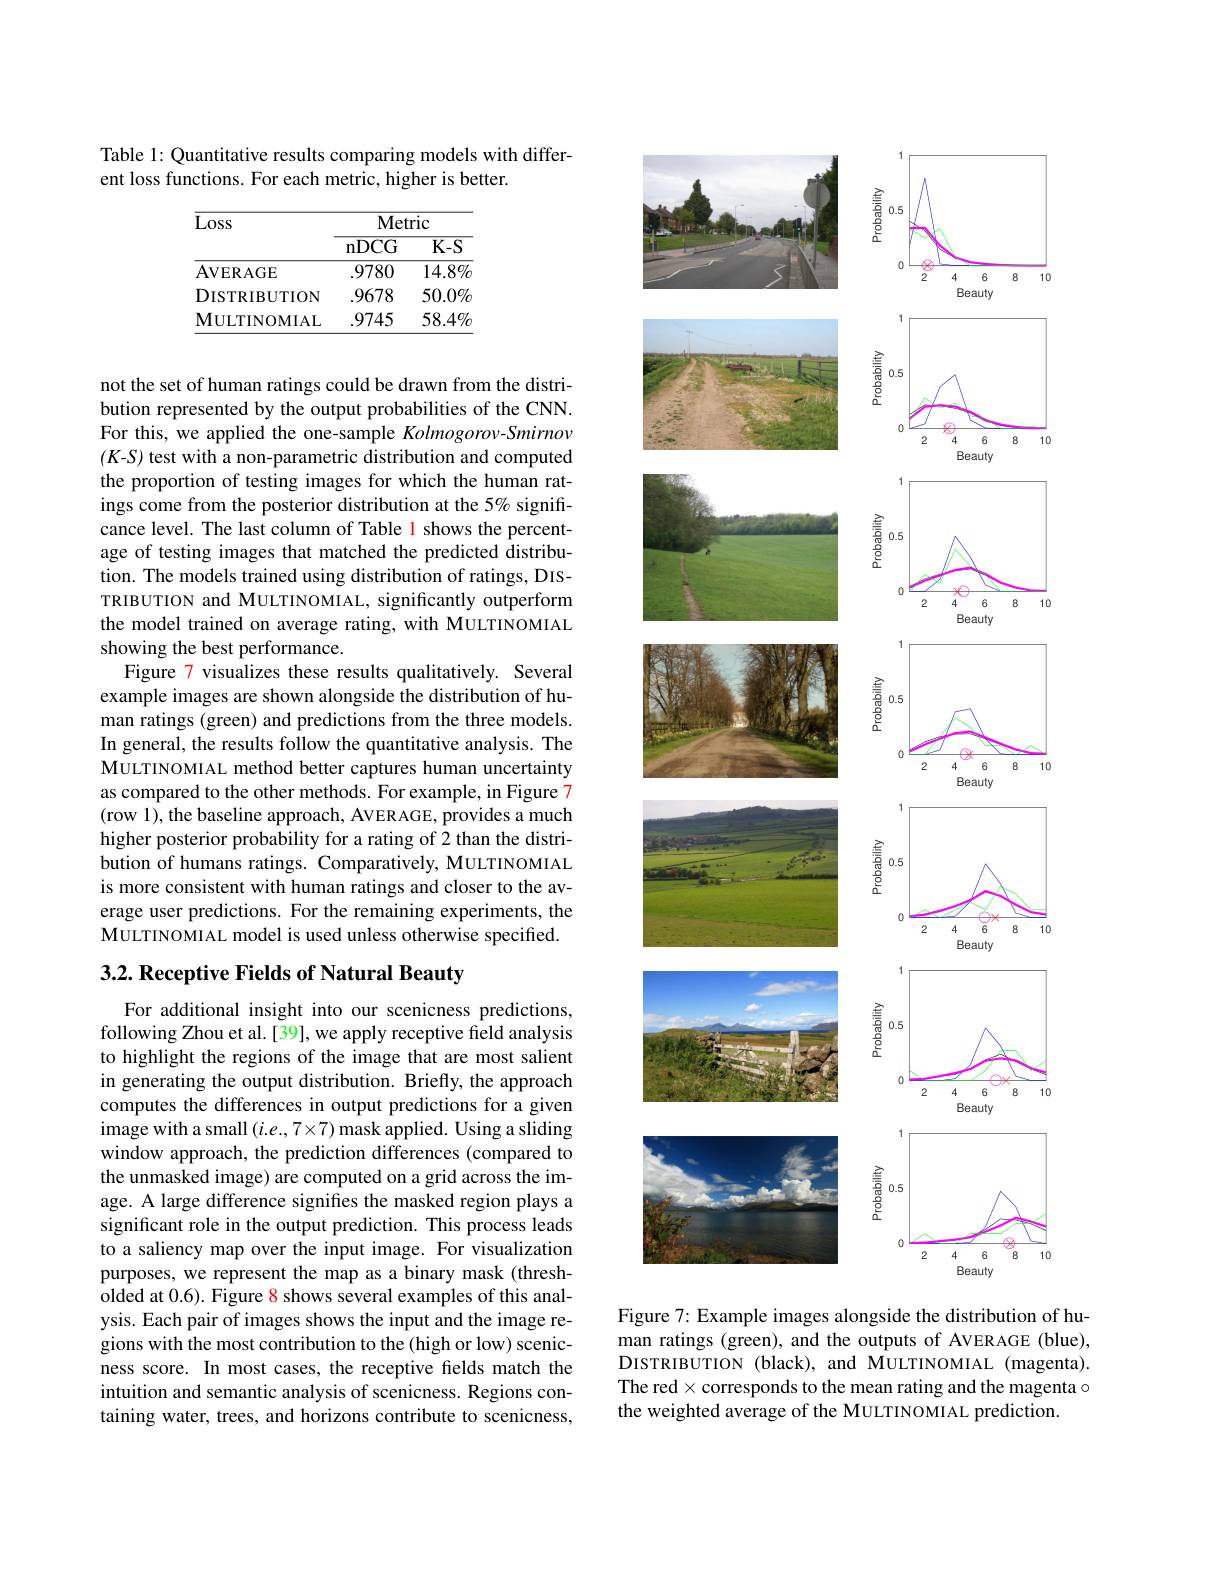
Table 1: Quantitative results comparing models with differ-
ent loss functions. For each metric, higher is better.

<table>
	<tbody>
		<tr>
			<th rowspan="2">Loss</th>
			<th colspan="2">Metric</th>
		</tr>
		<tr>
			<th>nDCG</th>
			<th>$\overline{\mathrm{K-S}}$</th>
		</tr>
		<tr>
			<td>AVERAGE</td>
			<td>.9780</td>
			<td>$14.8\%$</td>
		</tr>
		<tr>
			<td>DISTRIBUTION</td>
			<td>.9678</td>
			<td>$50.0\%$</td>
		</tr>
		<tr>
			<td>$\mathbf{MULTINOMIAL}$</td>
			<td>.9745</td>
			<td>$58.4\%$</td>
		</tr>
	</tbody>
</table>

not the set of human ratings could be drawn from the distribution represented by the output probabilities of the CNN. For this, we applied the one-sample Kolmogorov-Smirnov (K-S) test with a non-parametric distribution and computed the proportion of testing images for which the human ratings come from the posterior distribution at the 5% significance level. The last column of Table 1 shows the percentage of testing images that matched the predicted distribution. The models trained using distribution of ratings, DISTRIBUTION and MULTINOMIAL, significantly outperform the model trained on average rating, with MULTINOMIAL showing the best performance.
Figure 7 visualizes these results qualitatively. Several example images are shown alongside the distribution of human ratings (green) and predictions from the three models. In general, the results follow the quantitative analysis. The MULTINOMIAL method better captures human uncertainty as compared to the other methods. For example, in Figure 7 (row 1), the baseline approach, AVERAGE, provides a much higher posterior probability for a rating of 2 than the distribution of humans ratings. Comparatively, MULTINOMIAL is more consistent with human ratings and closer to the average user predictions. For the remaining experiments, the MULTINOMIAL model is used unless otherwise specified.

### 3.2. Receptive Fields of Natural Beauty

For additional insight into our scenicness predictions, following Zhou et al.[39], we apply receptive field analysis to highlight the regions of the image that are most salient in generating the output distribution. Briefly, the approach computes the differences in output predictions for a given image with a small $(i.e.,7\times7)$ mask applied. Using a sliding window approach, the prediction differences (compared to the unmasked image) are computed on a grid across the image. A large difference signifies the masked region plays a significant role in the output prediction. This process leads to a saliency map over the input image. For visualization purposes, we represent the map as a binary mask (thresholded at 0.6). Figure 8 shows several examples of this analysis. Each pair of images shows the input and the image regions with the most contribution to the (high or low) scenicness score. In most cases, the receptive fields match the intuition and semantic analysis of scenicness. Regions containing water, trees, and horizons contribute to scenicness,

<FigureHere>
Figure 7: Example images alongside the distribution of hu-

man ratings (green), and the outputs of AVERAGE (blue), DISTRIBUTION (black), and MULTINOMIAL (magenta). The red$\times$corresponds to the mean rating and the magenta $\circ$ the weighted average of the MULTINOMIAL prediction